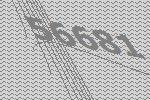
56681